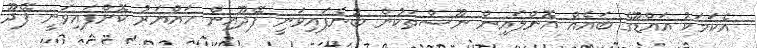
އެކަމަކު އައްޑޫގެ ބައެއް އޮންލައިން ނޫސްތަކުން ބުނެފައިވަނީ ފޭދޫއިން ހައްޔަރު ކޮށްފައިވަނީ ފޭދޫ